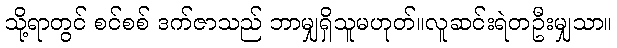
သို့ရာတွင် စင်စစ် ဒက်ဇာသည် ဘာမျှရှိသူမဟုတ်။လူဆင်းရဲတဦးမျှသာ။